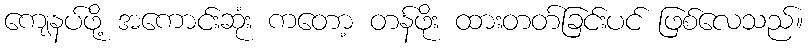
ကျေနပ်ဖို့ အကောင်းဆုံး ကတော့ တန်ဖိုး ထားတတ်ခြင်းပင် ဖြစ်လေသည်။